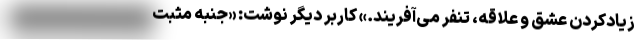
زیادکردن عشق و علاقه، تنفر می‌آفریند.» کاربر دیگر نوشت: «جنبه مثبت